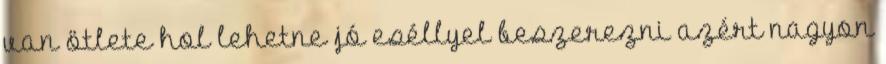
van ötlete hol lehetne jó eséllyel beszerezni azért nagyon